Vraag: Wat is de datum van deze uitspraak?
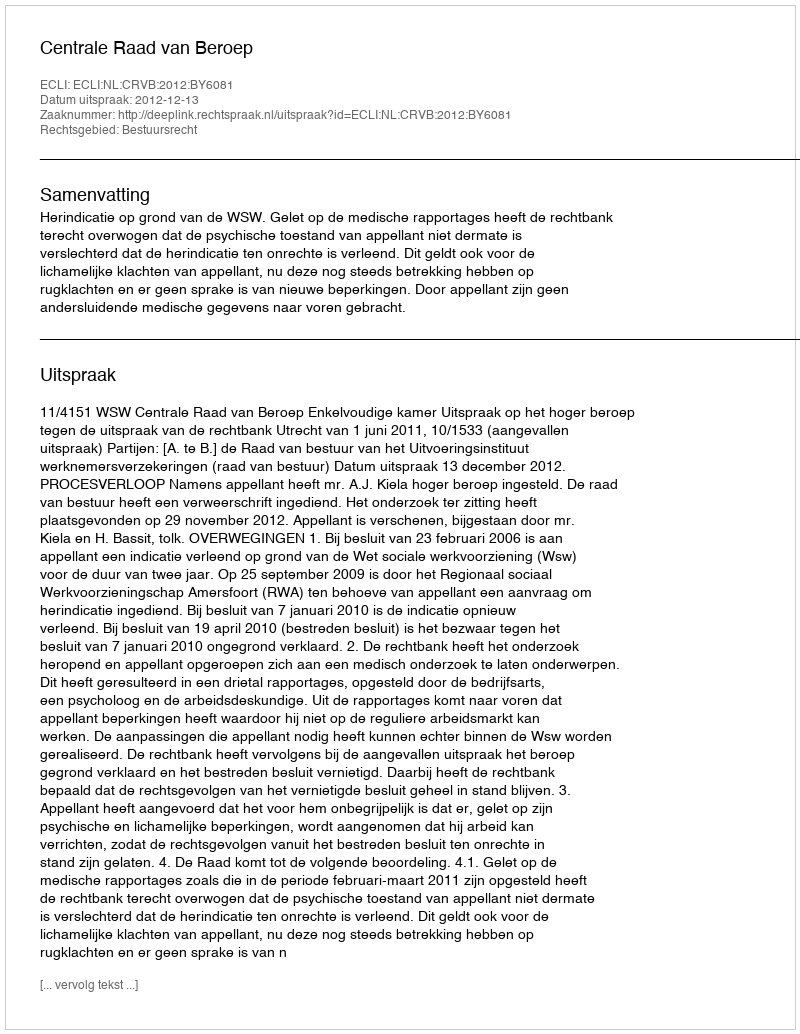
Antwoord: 2012-12-13